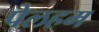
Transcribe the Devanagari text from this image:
पेलहम